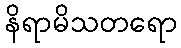
နိရာမိသတရော